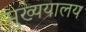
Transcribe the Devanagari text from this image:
मुख्ययालय